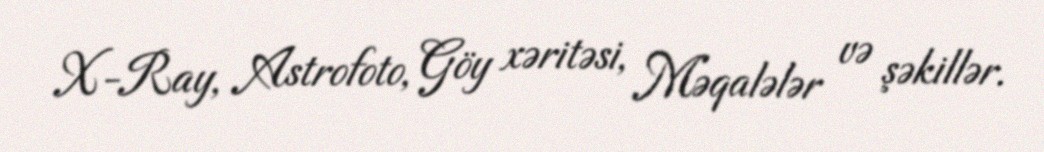
X-Ray, Astrofoto, Göy xəritəsi, Məqalələr və şəkillər.